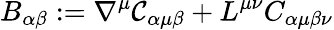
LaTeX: B_{\alpha\beta}:=\nabla^{\mu}\mathcal{C}_{\alpha\mu\beta}+L^{\mu\nu}C_{\alpha\mu\beta\nu}